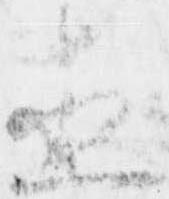
直